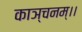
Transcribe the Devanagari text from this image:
काञ्चनम्।।